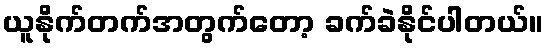
ယူနိုက်တက်အတွက်တော့ ခက်ခဲနိုင်ပါတယ်။